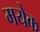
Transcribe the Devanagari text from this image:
मयेक